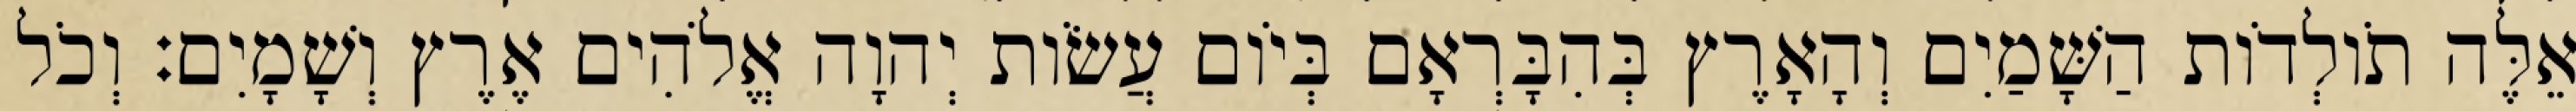
אֵלֶּה תֹולְדֹות הַשָּׁמַיִם וְהָאָרֶץ בְּהִבָּרְאָם בְּיֹום עֲשֹׂות יְהוָה אֱלֹהִים אֶרֶץ וְשָׁמָיִם׃ וְכֹל